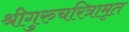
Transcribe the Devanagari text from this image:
श्रीगुरुचरित्रामृत